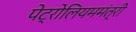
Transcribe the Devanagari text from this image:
पेट्रोलियममंत्री